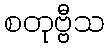
စတုဗ္ဗီသ